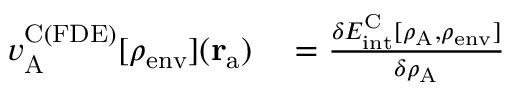
\begin{array} { r l } { v _ { \mathrm { A } } ^ { \mathrm { C ( F D E ) } } [ \rho _ { \mathrm { e n v } } ] ( \mathbf { r } _ { \mathrm { a } } ) } & { { } = \frac { \delta E _ { \mathrm { i n t } } ^ { \mathrm { C } } [ \rho _ { \mathrm { A } } , \rho _ { \mathrm { e n v } } ] } { \delta \rho _ { \mathrm { A } } } } \end{array}